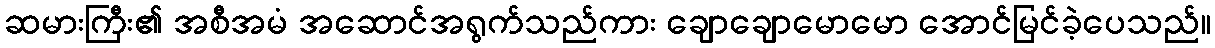
ဆမားကြီး၏ အစီအမံ အဆောင်အရွက်သည်ကား ချောချောမောမော အောင်မြင်ခဲ့ပေသည်။